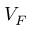
V _ { F }